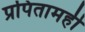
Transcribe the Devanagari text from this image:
प्रपितामही